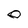
Character: 0